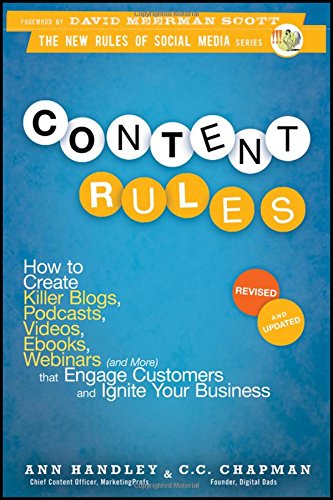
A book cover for Content Rules: How to Create Killer Blogs, Podcasts, Videos, Ebooks, Webinars (and More) That Engage Customers and Ignite Your Business; Ann Handley; Computers & Technology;